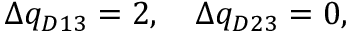
\Delta q _ { D 1 3 } = 2 , \quad \Delta q _ { D 2 3 } = 0 ,